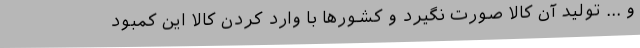
و ... تولید آن کالا صورت نگیرد و کشورها با وارد کردن کالا این کمبود